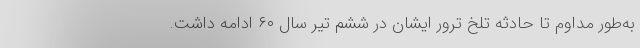
به‌طور مداوم تا حادثه تلخ ترور ایشان در ششم تیر سال ۶۰ ادامه داشت.